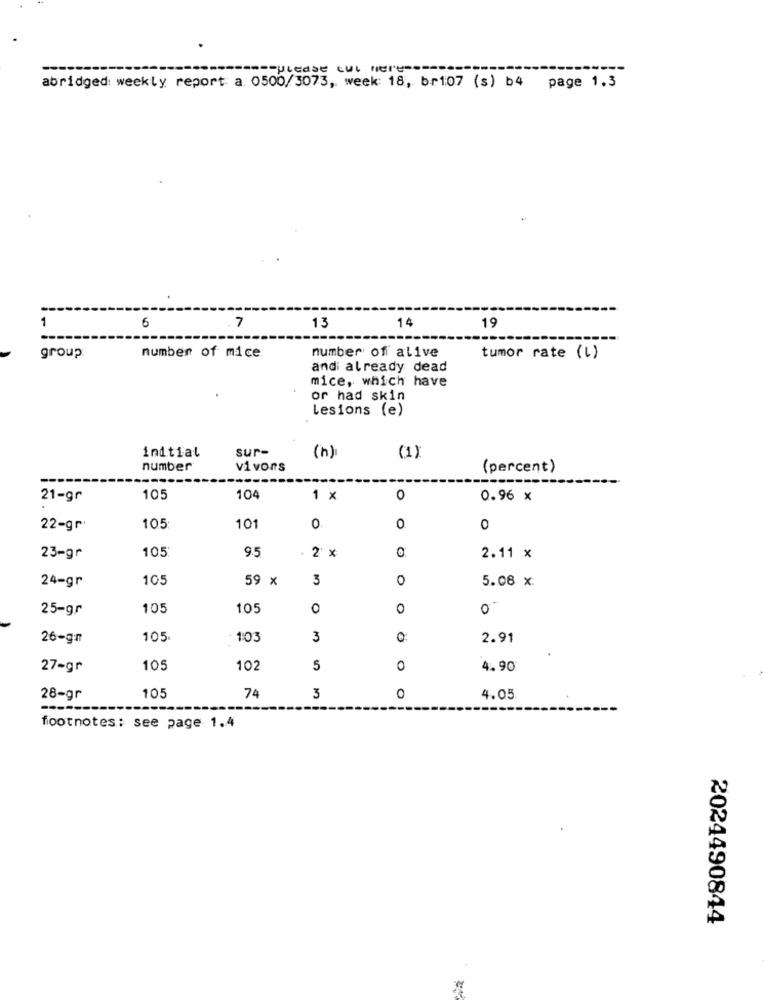
--- please tul here ----
abridged weekly report: a 0500/3073, week: 18, br107 (s) b4 page 1.3
1
6
14
7
13
19
number of alive
group
number of mice.
tumor rate (l)
andi already dead
mice, which have
or had skin
Lesions (e)
initial
sur-
(h)
(1)
number
vivons
(percent)
--
---
21-gr
105
104
1 x
0
0.96 X
10
22-gr.
105
0
0
0
105
9.5
2 x
23-gr
2.11 x
24-gr
10.
59 x
3
0
5.08 x:
25-gr
105
1.05
0
0
0
26-gn
105.
1:03
3
0
2.91
27-gr
105
102
5
0
4.90
74
28-gr
105
3
0
4.05
-
footnotes: see page 1.4
2024490844